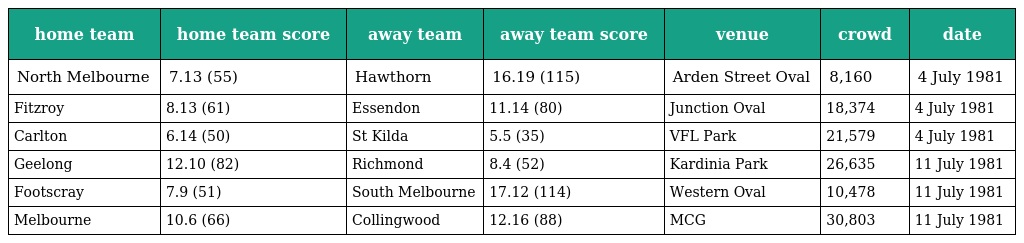
| home team | home team score | away team | away team score | venue | crowd | date |
 | --- | --- | --- | --- | --- | --- | --- |
 | North Melbourne | 7.13 (55) | Hawthorn | 16.19 (115) | Arden Street Oval | 8,160 | 4 July 1981 |
 | Fitzroy | 8.13 (61) | Essendon | 11.14 (80) | Junction Oval | 18,374 | 4 July 1981 |
 | Carlton | 6.14 (50) | St Kilda | 5.5 (35) | VFL Park | 21,579 | 4 July 1981 |
 | Geelong | 12.10 (82) | Richmond | 8.4 (52) | Kardinia Park | 26,635 | 11 July 1981 |
 | Footscray | 7.9 (51) | South Melbourne | 17.12 (114) | Western Oval | 10,478 | 11 July 1981 |
 | Melbourne | 10.6 (66) | Collingwood | 12.16 (88) | MCG | 30,803 | 11 July 1981 |